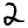
Digit: 2